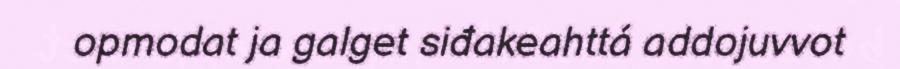
opmodat ja galget siđakeahttá addojuvvot